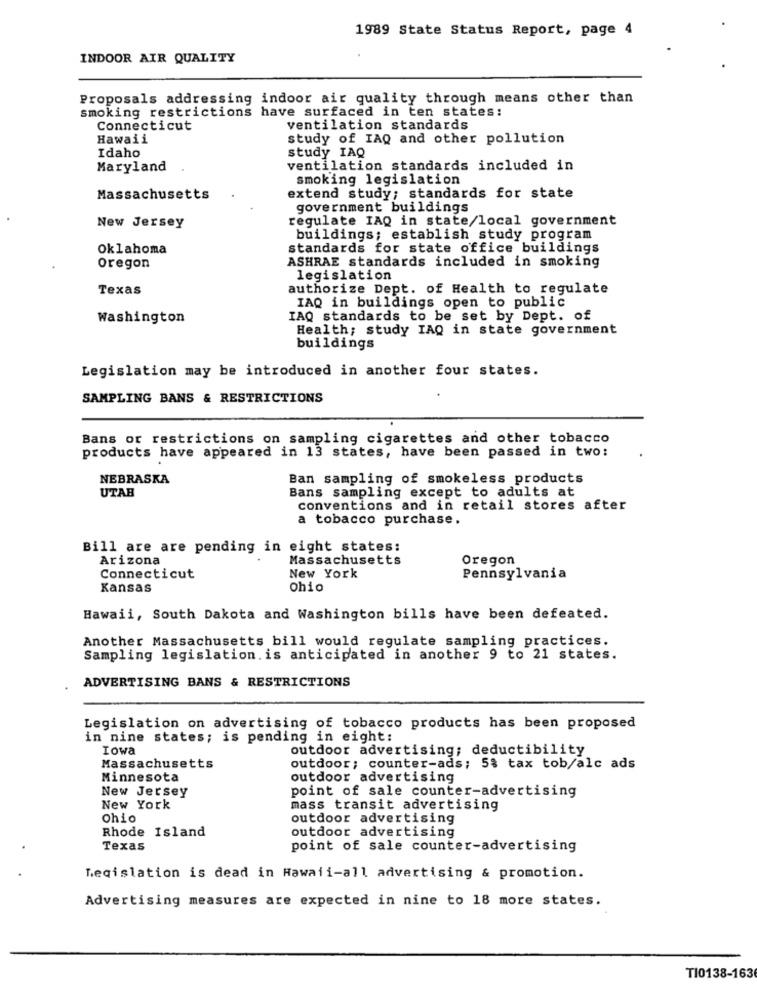
1989 State Status Report, page 4
INDOOR AIR QUALITY
Proposals addressing indoor air quality through means other than
smoking restrictions have surfaced in ten states:
Connecticut
ventilation standards
Hawaii
study of IAQ and other pollution
study IAQ
Idaho
Maryland
ventilation standards included in
smoking legislation
Massachusetts
extend study; standards for state
government buildings
regulate IAQ in state/local government
New Jersey
buildings; establish study program
Oklahoma
standards for state office buildings
ASHRAE standards included in smoking
Oregon
legislation
Texas
authorize Dept. of Health to regulate
IAQ in buildings open to public
Washington
IAQ standards to be set by Dept. of
Health; study IAQ in state government
buildings
Legislation may be introduced in another four states.
SAMPLING BANS & RESTRICTIONS
Bans or restrictions on sampling cigarettes and other tobacco
products have appeared in 13 states, have been passed in two:
NEBRASKA
Ban sampling of smokeless products
UTAB
Bans sampling except to adults at
conventions and in retail stores after
a tobacco purchase.
Bill are are pending in eight states:
Arizona
Massachusetts
Oregon
Connecticut
New York
Pennsylvania
Kansas
Ohio
Hawaii, South Dakota and Washington bills have been defeated.
Another Massachusetts bill would regulate sampling practices.
Sampling legislation. is anticipated in another 9 to 21 states.
ADVERTISING BANS & RESTRICTIONS
Legislation on advertising of tobacco products has been proposed
in nine states; is pending in eight:
Iowa
outdoor advertising; deductibility
Massachusetts
outdoor; counter-ads; 5% tax tob/alc ads
Minnesota
outdoor advertising
New Jersey
point of sale counter-advertising
New York
mass transit advertising
Ohio
outdoor advertising
Rhode Island
outdoor advertising
Texas
point of sale counter-advertising
Legislation is dead in Hawaii-all advertising & promotion.
Advertising measures are expected in nine to 18 more states.
TI0138-163